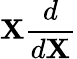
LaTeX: \mathbf{X}{\frac{{d}}{{d\mathbf{X}}}}